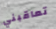
تعاقبني